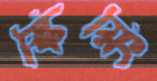
স্কিয়িং